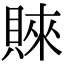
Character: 𧶛